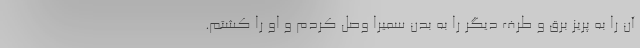
آن را به پریز برق و طرف دیگر را به بدن سمیرا وصل کردم و او را کشتم.